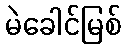
မဲခေါင်မြစ်